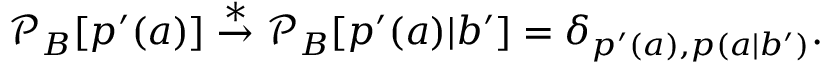
\begin{array} { r } { \mathcal { P } _ { B } [ p ^ { \prime } ( a ) ] \stackrel { * } { \rightarrow } \mathcal { P } _ { B } [ p ^ { \prime } ( a ) | b ^ { \prime } ] = \delta _ { p ^ { \prime } ( a ) , p ( a | b ^ { \prime } ) } . } \end{array}